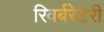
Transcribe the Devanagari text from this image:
रिवर्बरेटरी